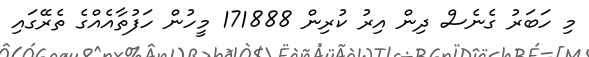
މި ހަބަރު ގެނެސް ދިން އިރު ކުރިން 171888 މީހުން ހަފުތާއެއްގެ ތެރޭގައި